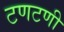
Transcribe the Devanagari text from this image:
टणटणी